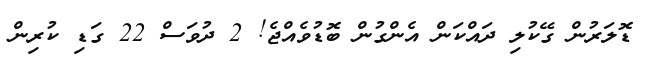
ޑޮލަރުން ގޭކުލި ދައްކަން އެންގުން ބޮޑުވެއްޖެ! 2 ދުވަސް 22 ގަޑި ކުރިން